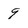
Character: 9